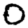
Digit: 0